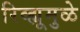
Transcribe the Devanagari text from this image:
रिव्ह्यूमुळे